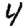
Digit: 4